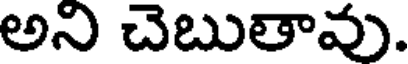
అని చెబుతావు.